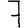
Digit: 7